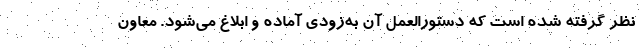
نظر گرفته شده است که دستورالعمل آن به‌زودی آماده و ابلاغ می‌شود. معاون